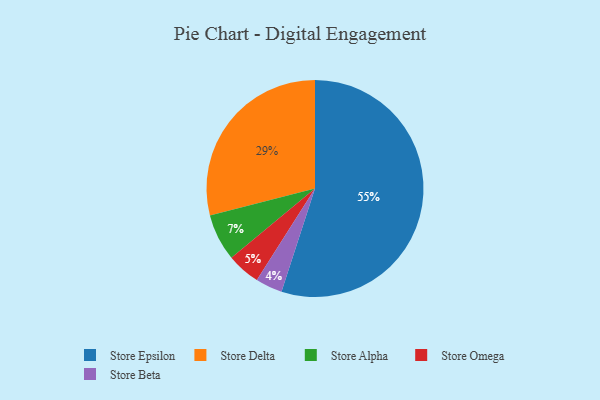
{"axis": {"x": "Category", "y": "Percentage"}, "legend": ["Store Alpha", "Store Beta", "Store Delta", "Store Epsilon", "Store Omega"], "data": [{"x": "Store Omega", "y": 5, "type": "Store Omega"}, {"x": "Store Beta", "y": 4, "type": "Store Beta"}, {"x": "Store Alpha", "y": 7, "type": "Store Alpha"}, {"x": "Store Delta", "y": 29, "type": "Store Delta"}, {"x": "Store Epsilon", "y": 55, "type": "Store Epsilon"}]}